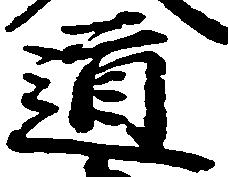
道